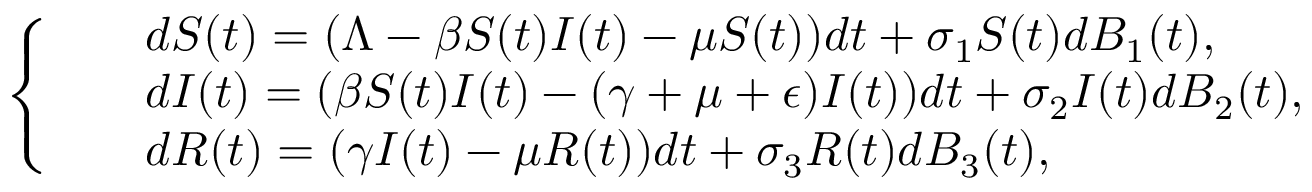
\left\{ \begin{array} { l l } { \begin{array} { r l } & { { d S ( t ) } = ( \Lambda - \beta S ( t ) I ( t ) - \mu S ( t ) ) d t + \sigma _ { 1 } S ( t ) d B _ { 1 } ( t ) , } \\ & { { d I ( t ) } = ( \beta S ( t ) I ( t ) - ( \gamma + \mu + \epsilon ) I ( t ) ) d t + \sigma _ { 2 } I ( t ) d B _ { 2 } ( t ) , } \\ & { { d R ( t ) } = ( \gamma I ( t ) - \mu R ( t ) ) d t + \sigma _ { 3 } R ( t ) d B _ { 3 } ( t ) , } \end{array} } \end{array} \right.